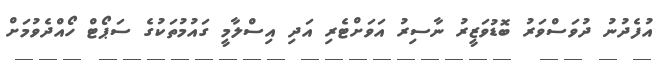
އުފެދުނު ދުވަސްވަރު ބޮޑުވަޒީރު ނާސިރު އަވަށްޓެރި އަދި އިސްލާމީ ގައުމުތަކުގެ ސަޕޯޓް ހޯއްދެވުމަށް